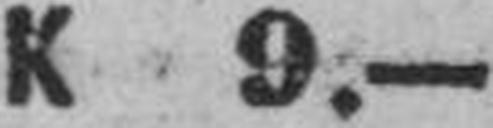
K 9.—